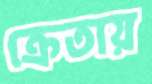
ক্রেতায়